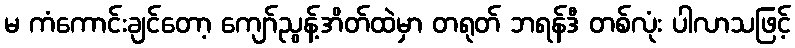
မ ကံကောင်းချင်တော့ ကျော်ညွန့်အိတ်ထဲမှာ တရုတ် ဘရန်ဒီ တစ်လုံး ပါလာသဖြင့်